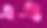
এএ